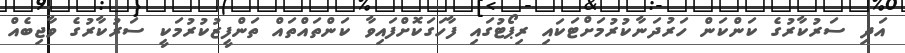
އަދި ސަރުކާރުގެ ކަންކަން ހަރުދަނާކުރުމަށްޓަކައި ރިޕޯޓުގައި ފާހަގަކޮށްފައިވާ ކަންތައްތައް ތަންފީޒުކުރުމަކީ ސަރުކާރުގެ ވާޖިބެއް